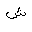
Letter: _shin